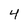
Character: 4